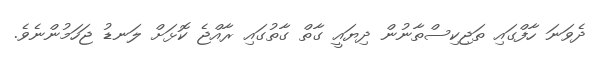
ދެވަނަ ހާފްގައި ތަޖިކިސްތާނުން ދިޔައީ ގާތް ގާތުގައި ރާއްޖެ ކޮޅަށް ލަނޑު ޖަހަމުންނެވެ.